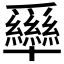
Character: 𰠊